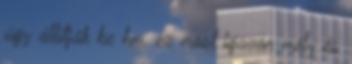
úgy állítják be hm, ez most igazán mély és